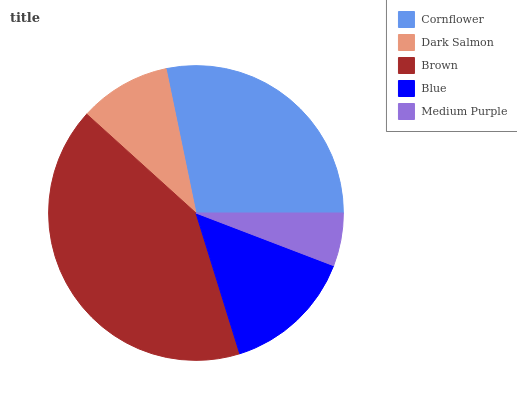
| Cornflower | Dark Salmon | Brown | Blue | Medium Purple |
 | --- | --- | --- | --- | --- |
 | 28.2% | 10% | 41.6% | 14.4% | 5.81% |